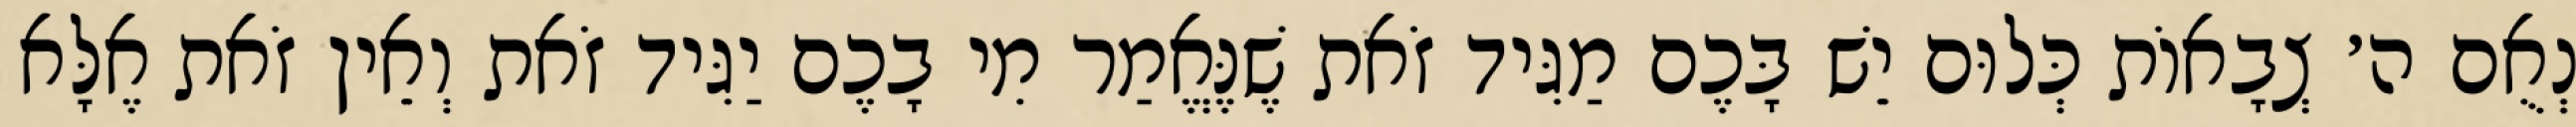
נְאֻם ה׳ צְבָאוֹת כְּלוּם יֵשׁ בָּכֶם מַגִּיד זֹאת שֶׁנֶּאֱמַר מִי בָכֶם יַגִּיד זֹאת וְאֵין זֹאת אֶלָּא